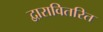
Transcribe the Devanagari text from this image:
द्वारावितरित